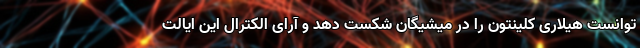
توانست هیلاری کلینتون را در میشیگان شکست دهد و آرای الکترال این ایالت